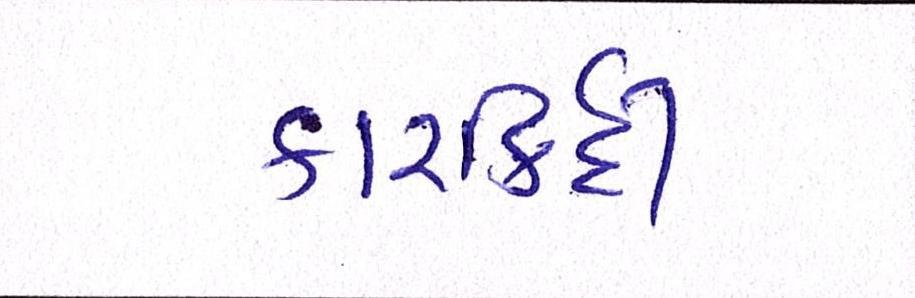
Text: કારર્કિદી